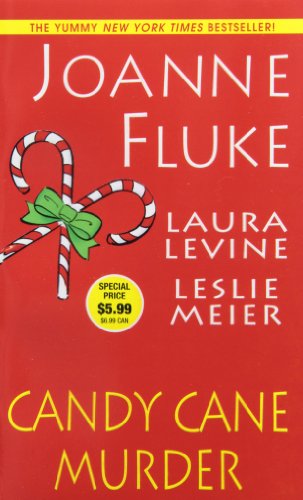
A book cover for Candy Cane Murder; Laura Levine; Mystery, Thriller & Suspense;